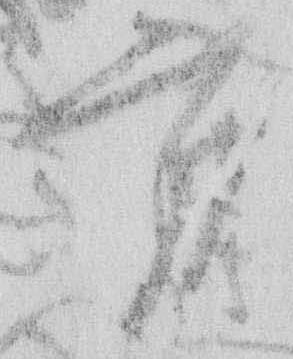
方